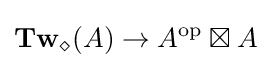
\mathbf {Tw} _{\diamond }(A)\rightarrow A^{\mathrm {op} }\boxtimes A